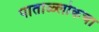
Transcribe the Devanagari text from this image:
पाताळ्लोकचा